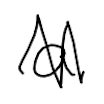
Text: a
Cross-out: zig-zag
Writing tool: digital_black